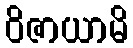
ဝိဇာယာမိ